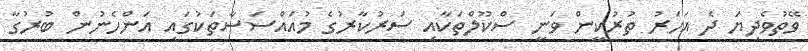
ވޭތުވެދިޔަ ދެ އަހަރު ތުރުކީން ވަނީ ސްކޫލްތަކާއި ސަރުކާރުގެ މުއައްސަސާތަކުގައި އަންހެނުން ބުރުގާ